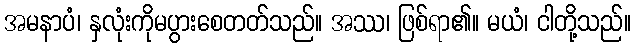
အမနာပံ၊ နှလုံးကိုမပွားစေတတ်သည်။ အဿ၊ ဖြစ်ရာ၏။ မယံ၊ ငါတို့သည်။